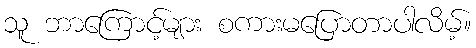
သူ ဘာကြောင့်များ စကားမပြောတာပါလိမ့်။